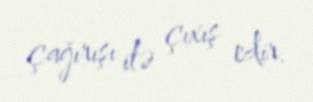
çağırışı ilə çıxış edir.